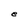
Character: e